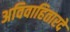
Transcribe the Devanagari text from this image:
अविवाहितारदे